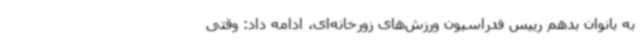
به بانوان بدهم رییس فدراسیون ورزش‌های زورخانه‌ای، ادامه داد: وقتی